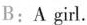
B: A girl.